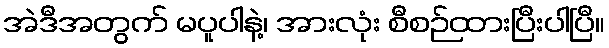
အဲဒီအတွက် မပူပါနဲ့၊ အားလုံး စီစဉ်ထားပြီးပါပြီ။